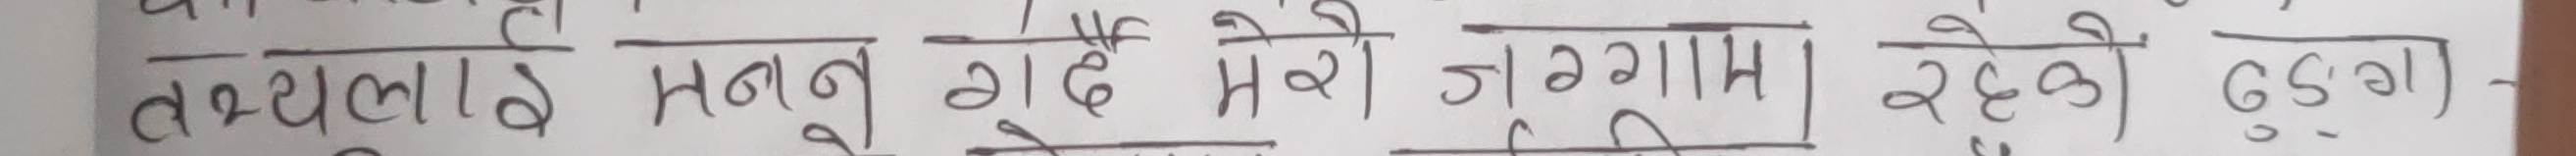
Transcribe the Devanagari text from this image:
तथ्यलाई मनाइ गएँ मेरो जगास। रहेको ठुलो